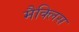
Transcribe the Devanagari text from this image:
मैक्लिस